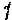
1